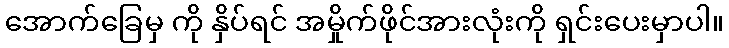
အောက်ခြေမှ ကို နှိပ်ရင် အမှိုက်ဖိုင်အားလုံးကို ရှင်းပေးမှာပါ။